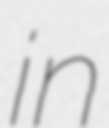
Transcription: in